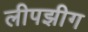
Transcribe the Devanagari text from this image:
लीपझीग